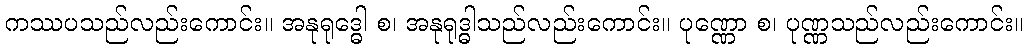
ကဿပသည်လည်းကောင်း။ အနုရုဒ္ဓေါ စ၊ အနုရုဒ္ဓါသည်လည်းကောင်း။ ပုဏ္ဏော စ၊ ပုဏ္ဏသည်လည်းကောင်း။